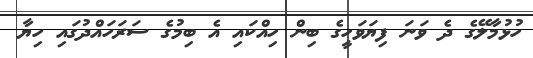
ހުޅުމާލޭގެ ދެ ވަނަ ފިޔަވަހީގެ ބިން ހިއްކައި އެ ބިމުގެ ސަރަހައްދުގައި ހިޔާ